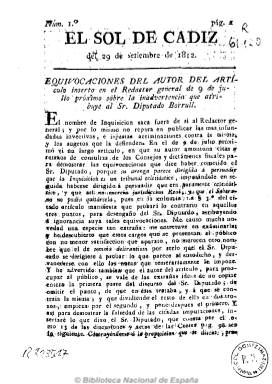
Título: El Sol de Cádiz
Colección: Periódicos anteriores a 1850
Ámbito geográfico: Cádiz
Lugar de publicación: Cádiz
Fechas: 29/09/1812-16/09/1813

Periódico antiliberal y servil cuyo principal objetivo y único fin es combatir la francmasonería, a cuyas sociedades acusa de “malditas”, y descubrir y dar a conocer a sus miembros, a los que tacha de perniciosos, perillanes y subvertidores no sólo del orden religioso sino también político. Es considerado como el primer ejemplo de propaganda del mito reaccionario por el que se identifica masonería con liberalismo y, en esta época, a los liberales con agentes napoleónicos. En su desaforado discurso, defiende también las prerrogativas del clero regular y el mantenimiento de la Inquisición, que tras la restauración del absolutismo será utilizada también para perseguir a los francmasones. Su principal redactor es el entusiasta absolutista fraile capuchino Rafael Vélez (cuyo nombre verdadero es José Benito Anguita Téllez), que más tarde será nombrado obispo y se sumará a las huestes carlistas.

Apareció desde el 29 de septiembre de 1812 al 16 de septiembre de 1813, editando un total de 19 entregas en números de ocho páginas, por lo que su frecuencia fue muy irregular, saliendo hasta de cinco imprentas diferentes, entre ellas la de la viuda de Comes. Además de doctrinal, es un periódico de carácter documental, ya que difundió documentos relativos a logias de La Habana y de Madrid, entre otras.